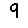
Digit: 9